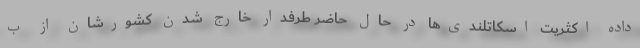
داده اکثریت اسکاتلندی‌ها در حال حاضر طرفدار خارج شدن کشورشان از ب